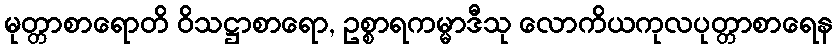
မုတ္တာစာရောတိ ဝိသဋ္ဌာစာရော, ဥစ္စာရကမ္မာဒီသု လောကိယကုလပုတ္တာစာရေန